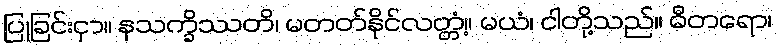
ပြုခြင်းငှာ။ နသက္ခိဿတိ၊ မတတ်နိုင်လတ္တံ့။ မယံ၊ ငါတို့သည်။ ဓီတရော၊